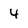
Character: 4